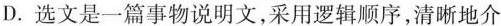
D.选文是一篇事物说明文,采用逻辑顺序,清晰地介